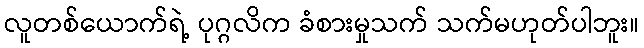
လူတစ်ယောက်ရဲ့ ပုဂ္ဂလိက ခံစားမှုသက် သက်မဟုတ်ပါဘူး။